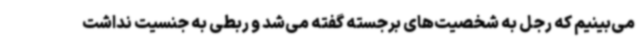
می‌بینیم که رجل به شخصیت‌های برجسته گفته می‌شد و ربطی به جنسیت نداشت